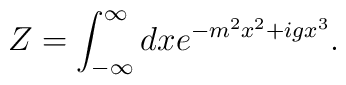
Z=\int_{-\infty}^{\infty} dx e^{-m^2x^2+igx^3}.